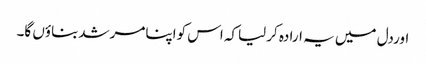
اوردل میں یہ ارادہ کرلیاکہ اس کواپنامرشدبناؤں گا۔